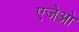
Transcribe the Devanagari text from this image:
एजेओ